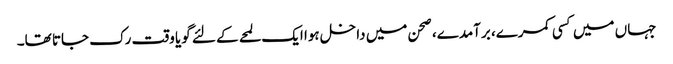
جہاں میں کسی کمرے، برآمدے، صحن میں داخل ہوا ایک لمحے کے لئے گویا وقت رک جاتا تھا۔